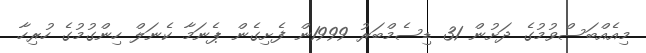
މިއެއްބަސްވުމުގެ ދަށުން 31 ޑިސެމްބަރު 1999ން ފެށިގެން ޕެނަމާ ކެނަލް ހިންގުމުގެ ހުރިހާ